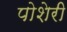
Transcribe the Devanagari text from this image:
पोशेरी